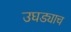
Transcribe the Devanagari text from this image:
उघड्याच